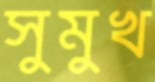
সুমুখ